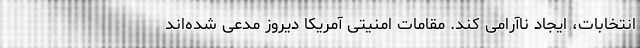
انتخابات، ایجاد ناآرامی کند. مقامات امنیتی آمریکا دیروز مدعی شده‌اند